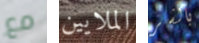
مع الملايين بالشر